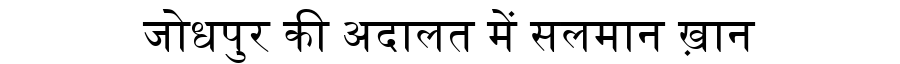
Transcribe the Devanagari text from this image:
जोधपुर की अदालत में सलमान ख़ान